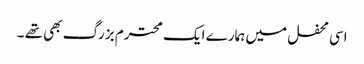
اسی محفل میں ہمارے ایک محترم بزرگ بھی تھے ۔